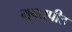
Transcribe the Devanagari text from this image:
मुक्‍तपीठ